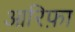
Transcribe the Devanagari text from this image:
आरिफ़ा